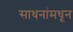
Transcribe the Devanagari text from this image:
साधनांमधून